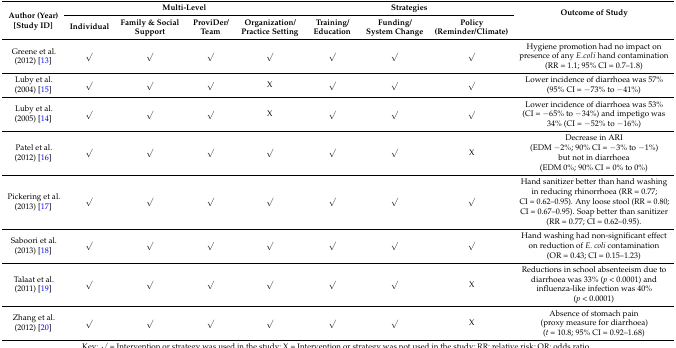
<table><thead><tr><td rowspan="2"><b>Author (Year)[Study ID]</b></td><td colspan="4"><b>Multi-Level</b></td><td colspan="3"><b>Strategies</b></td><td rowspan="2"><b>Outcome of Study</b></td></tr><tr><td><b>Individual</b></td><td><b>Family &amp; Social Support</b></td><td><b>ProviDer/Team</b></td><td><b>Organization/Practice Setting</b></td><td><b>Training/Education</b></td><td><b>Funding/System Change</b></td><td><b>Policy (Reminder/Climate)</b></td></tr></thead><tbody><tr><td>Greene et al. (2012) [13]</td><td>√</td><td>√</td><td>√</td><td>√</td><td>√</td><td>√</td><td>√</td><td>Hygiene promotion had no impact on presence of any <i>E. coli</i> hand contamination (RR = 1.1; 95% CI = 0.7–1.8)</td></tr><tr><td>Luby et al. (2004) [15]</td><td>√</td><td>√</td><td>√</td><td>X</td><td>√</td><td>√</td><td>√</td><td>Lower incidence of diarrhoea was 57% (95% CI = –73% to –41%)</td></tr><tr><td>Luby et al. (2005) [14]</td><td>√</td><td>√</td><td>√</td><td>X</td><td>√</td><td>√</td><td>√</td><td>Lower incidence of diarrhoea was 53% (CI = –65% to –34%) and impetigo was 34% (CI = –52% to–16%)</td></tr><tr><td>Patel et al. (2012) [16]</td><td>√</td><td>√</td><td>√</td><td>√</td><td>√</td><td>√</td><td>X</td><td>Decrease in ARI (EDM –2%; 90% CI = –3% to –1%) but not in diarrhoea (EDM 0%; 90% CI = 0% to 0%)</td></tr><tr><td>Pickering et al. (2013) [17]</td><td>√</td><td>√</td><td>√</td><td>√</td><td>√</td><td>√</td><td>√</td><td>Hand sanitizer better than hand washing in reducing rhinorrhoea (RR = 0.77; CI = 0.62–0.95). Any loose stool (RR = 0.80; CI = 0.67–0.95). Soap better than sanitizer (RR = 0.77; CI = 0.62–0.95).</td></tr><tr><td>Saboori et al. (2013) [18]</td><td>√</td><td>√</td><td>√</td><td>√</td><td>√</td><td>√</td><td>√</td><td>Hand washing had non-significant effect on reduction of <i>E. coli</i> contamination (OR = 0.43; CI = 0.15–1.23)</td></tr><tr><td>Talaat et al. (2011) [19]</td><td>√</td><td>√</td><td>√</td><td>√</td><td>√</td><td>√</td><td>X</td><td>Reductions in school absenteeism due to diarrhoea was 33% (<i>p</i> &lt; 0.0001) and influenza-like infection was 40% (<i>p</i> &lt; 0.0001)</td></tr><tr><td>Zhang et al. (2012) [20]</td><td>√</td><td>√</td><td>√</td><td>√</td><td>√</td><td>√</td><td>X</td><td>Absence of stomach pain (proxy measure for diarrhoea) (<i>t</i> = 10.8; 95% CI = 0.92–1.68)</td></tr></tbody></table>